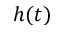
h ( t )